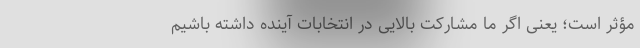
مؤثر است؛ یعنی اگر ما مشارکت بالایی در انتخابات آینده داشته باشیم